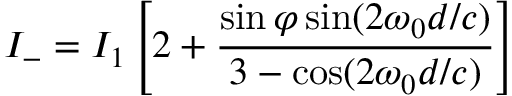
I _ { - } = I _ { 1 } \left[ 2 + \frac { \sin \varphi \sin ( 2 \omega _ { 0 } d / c ) } { 3 - \cos ( 2 \omega _ { 0 } d / c ) } \right]